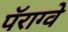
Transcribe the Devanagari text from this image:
पॅराग्वे